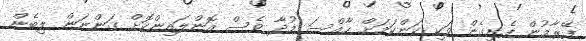
ފޭރާމުން ފެށިގެން ވަކި ކަންކަމަށް ހާއްސަ މުދާ ވެސް އޮންލައިންކޮށް ގަންނަން ލިބެން